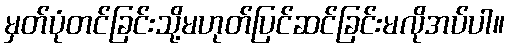
မှတ်ပုံတင်ခြင်းသို့မဟုတ်ပြင်ဆင်ခြင်းမလိုအပ်ပါ။